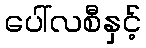
ပေါ်လစီနှင့်